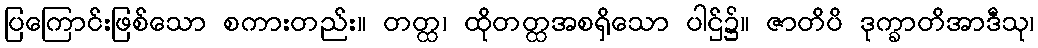
ပြကြောင်းဖြစ်သော စကားတည်း။ တတ္ထ၊ ထိုတတ္ထအစရှိသော ပါဌ်၌။ ဇာတိပိ ဒုက္ခာတိအာဒီသု၊